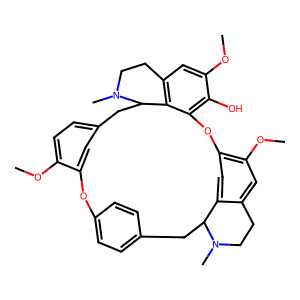
SMILES: COc1ccc2cc1Oc1ccc(cc1)CC1c3cc(c(OC)cc3CCN1C)Oc1c(O)c(OC)cc3c1C(C2)N(C)CC3
Inhibits HIV replication: No